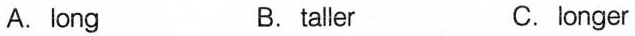
A. long B. taller C.longer